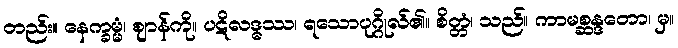
တည်း။ နေက္ခမ္မံ၊ ဈာန်ကို။ ပဋိလဒ္ဓဿ၊ ရသောပုဂ္ဂိုလ်၏။ စိတ္တံ၊ သည်။ ကာမစ္ဆန္ဒတော၊ မှ။